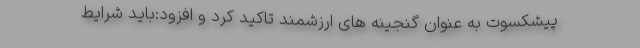
پیشکسوت به عنوان گنجینه های ارزشمند تاکید کرد و افزود:باید شرایط